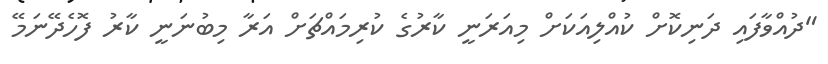
"ދުއްވާފައި ދަނިކޮށް ކުއްލިއަކަށް މިއަރަނީ ކާރުގެ ކުރިމައްޗަށް އަރާ މިބުނަނީ ކާރު ފޮހެދޭނަމޭ